Civil Veterinary Dept. North-West Frontier Province 1923-32 - 1923-1932
Year: 1923
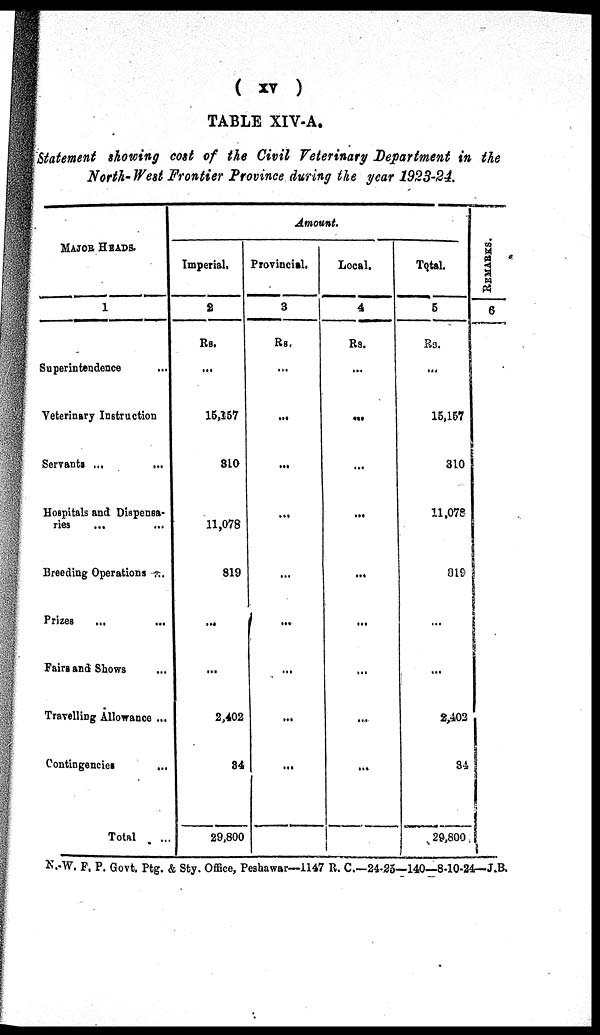
( XV )
TABLE XIV-A.
Statement showing cost of the Civil Veterinary Department in the
North-West Frontier Province during the year 1923-24.
MAJOR HEADS.
1
Superintendence ...
Veterinary Instruction
Servants ... ...
Hospitals and Dispensa-
ries ... ...
Breeding Operations ...
Prizes
...
...
Fairs and Shows ...
Travelling Allowance ...
Contingencies
...
Total
...
Amount.
Imperial.
2
Rs.
...
15,157
310
11,078
819
...
...
2,402
34
29,800
Provincial.
3
Rs.
...
...
...
...
...
...
...
...
...
Local.
4
Rs.
...
...
...
...
...
...
...
...
...
Total.
5
Rs.
...
15,157
310
11,078
819
...
...
2,402
34
29,800
REMARKS.
6
N.-W. F. P. Govt. Ptg. & Sty. Office, Peshawar—1147 R. C.—24-25—140—8-10-24—J.B.